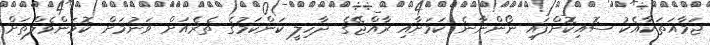
ޖަމާއަތަކާއެކު ސޮއިކޮށްފައި ނޯންނާނެ ކަމަށާއި ރާއްޖޭގެ ދާހިލީ ކަންކަމުގެ ތެރެއަށް ވަނުމަށް ކޮމަންވެލްތަށް